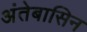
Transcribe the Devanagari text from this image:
अंतेबासिन